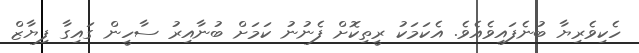
ހެކިވެރިޔާ ބުނެފައިވެއެވެ. އެކަމަކު ރީތިކޮށް ފެނުނު ކަމަށް ބުނާއިރު ސާހީން ގައިގާ ފިޔާޒް